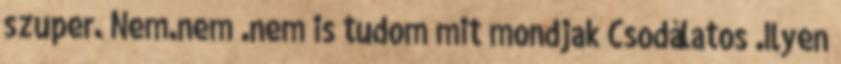
szuper. Nem.nem .nem is tudom mit mondjak Csodálatos .Ilyen